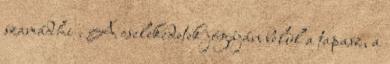
szamádhi . A cselekedetek jógáján belül a tapasz, a